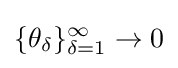
\{\theta _{\delta }\}_{\delta =1}^{\infty }\to 0